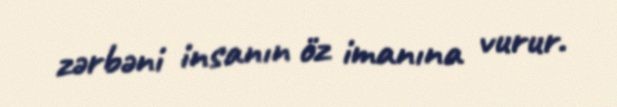
zərbəni insanın öz imanına vurur.